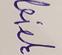
Signature authenticity: forged